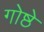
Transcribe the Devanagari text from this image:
गोष्ठे